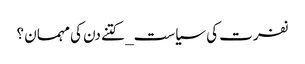
نفرت کی سیاست_ کتنے دن کی مہمان ؟